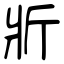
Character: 斨